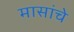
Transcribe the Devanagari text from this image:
मासांचे